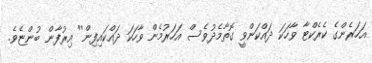
އަހަރެންގެ ކެރެކްޓާ ވާހަކަ ދައްކަންވީ ގޮތާމެދުވެސް އަހަރުމެން ވާހަކަ ދައްކައިފިން'' އިރުފާން ބުންޏެވެ.